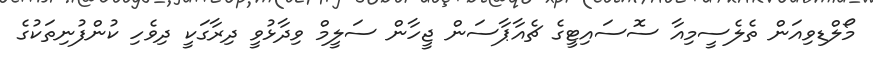
މޯލްޑިވިއަން ތެލެސީމިއާ ސޮސައިޓީގެ ޗެއާޕާސަން ޖީހާން ސަލީމް ވިދާޅުވީ ދިރާގަކީ ދިވެހި ކުންފުނިތަކުގެ